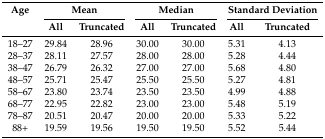
<table><thead><tr><td rowspan="2"><b>Age</b></td><td colspan="2"><b>Mean</b></td><td colspan="2"><b>Median</b></td><td colspan="2"><b>Standard Deviation</b></td></tr><tr><td><b>All</b></td><td><b>Truncated</b></td><td><b>All</b></td><td><b>Truncated</b></td><td><b>All</b></td><td><b>Truncated</b></td></tr></thead><tbody><tr><td>18–27</td><td>29.84</td><td>28.96</td><td>30.00</td><td>30.00</td><td>5.31</td><td>4.13</td></tr><tr><td>28–37</td><td>28.11</td><td>27.57</td><td>28.00</td><td>28.00</td><td>5.28</td><td>4.44</td></tr><tr><td>38–47</td><td>26.79</td><td>26.32</td><td>27.00</td><td>27.00</td><td>5.68</td><td>4.80</td></tr><tr><td>48–57</td><td>25.71</td><td>25.47</td><td>25.50</td><td>25.50</td><td>5.27</td><td>4.81</td></tr><tr><td>58–67</td><td>23.80</td><td>23.74</td><td>23.50</td><td>23.50</td><td>4.99</td><td>4.88</td></tr><tr><td>68–77</td><td>22.95</td><td>22.82</td><td>23.00</td><td>23.00</td><td>5.48</td><td>5.19</td></tr><tr><td>78–87</td><td>20.51</td><td>20.47</td><td>20.00</td><td>20.00</td><td>5.33</td><td>5.22</td></tr><tr><td>88+</td><td>19.59</td><td>19.56</td><td>19.50</td><td>19.50</td><td>5.52</td><td>5.44</td></tr></tbody></table>